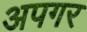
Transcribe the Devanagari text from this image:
अपगर